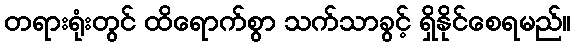
တရားရုံးတွင် ထိရောက်စွာ သက်သာခွင့် ရှိနိုင်စေရမည်။